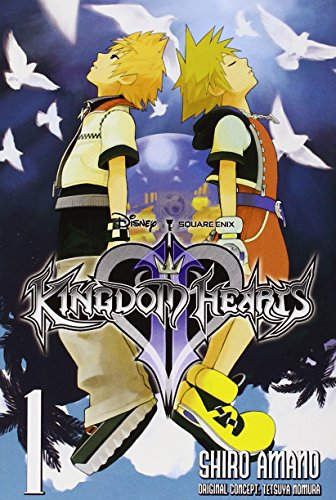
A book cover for Kingdom Hearts II, Vol. 1; Children's Books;